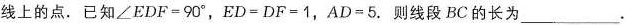
线上的点。已知∠EDF=90°，ED=DF=1，AD=5.则线段BC的长为___.